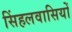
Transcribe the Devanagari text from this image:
सिंहलवासियों